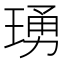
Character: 𬍺